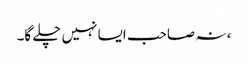
، نہ صاحب ایسا نہیں چلے گا۔